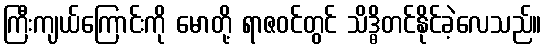
ကြီးကျယ်ကြောင်းကို မောတို့ ရာဇဝင်တွင် သိဒ္ဓိတင်နိုင်ခဲ့လေသည်။